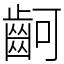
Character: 䶗